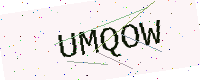
Text: UMQOW